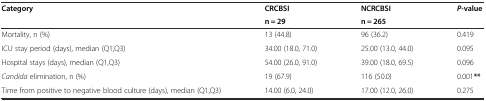
| <ROWSPAN=2> Category | CRCBSI | NCRCBSI | <ROWSPAN=2> P-value |
 | n = 29 | n = 265 |
 | --- | --- | --- | --- |
 | Mortality, n (%) | 13 (44.8) | 96 (36.2) | 0.419 |
 | ICU stay period (days), median (Q1,Q3) | 34.00 (18.0, 71.0) | 25.00 (13.0, 44.0) | 0.095 |
 | Hospital stays (days), median (Q1,Q3) | 54.00 (26.0, 91.0) | 39.00 (18.0, 69.5) | 0.096 |
 | Candida elimination, n (%) | 19 (67.9) | 116 (50.0) | 0.001** |
 | Time from positive to negative blood culture (days), median (Q1,Q3) | 14.00 (6.0, 24.0) | 17.00 (12.0, 26.0) | 0.275 |